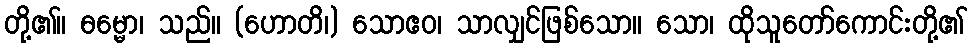
တို့၏။ ဓမ္မော၊ သည်။ (ဟောတိ၊) သောဧဝ၊ သာလျှင်ဖြစ်သော။ သော၊ ထိုသူတော်ကောင်းတို့၏